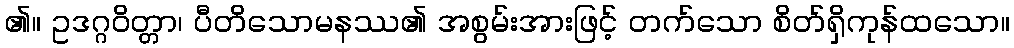
၏။ ဥဒဂ္ဂဝိတ္တာ၊ ပီတိသောမနဿ၏ အစွမ်းအားဖြင့် တက်သော စိတ်ရှိကုန်ထသော။